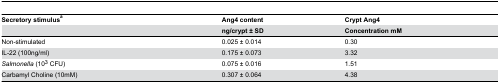
<table><thead><tr><td><b>Secretory stimulus<sup>a</sup></b></td><td><b>Ang4 content</b></td><td><b>Crypt Ang4</b></td></tr><tr><td></td><td><b>ng/crypt ± SD</b></td><td><b>Concentration mM</b></td></tr></thead><tbody><tr><td>Non-stimulated</td><td>0.025 ± 0.014</td><td>0.30</td></tr><tr><td>IL-22 (100ng/ml)</td><td>0.175 ± 0.073</td><td>3.32</td></tr><tr><td><i>Salmonella</i> (10<sup>3</sup> CFU)</td><td>0.075 ± 0.016</td><td>1.51</td></tr><tr><td>Carbamyl Choline (10mM)</td><td>0.307 ± 0.064</td><td>4.38</td></tr></tbody></table>